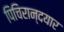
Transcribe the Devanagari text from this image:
पिचिरान्दयार